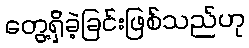
တွေ့ရှိခဲ့ခြင်းဖြစ်သည်ဟု